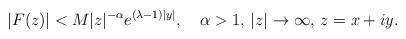
LaTeX: \begin{align*}\vert F(z)\vert<M\vert z\vert ^{-\alpha }e^{(\lambda -1)\vert y\vert},\quad \alpha >1,\, \vert z\vert \to \infty ,\, z=x+iy.\end{align*}